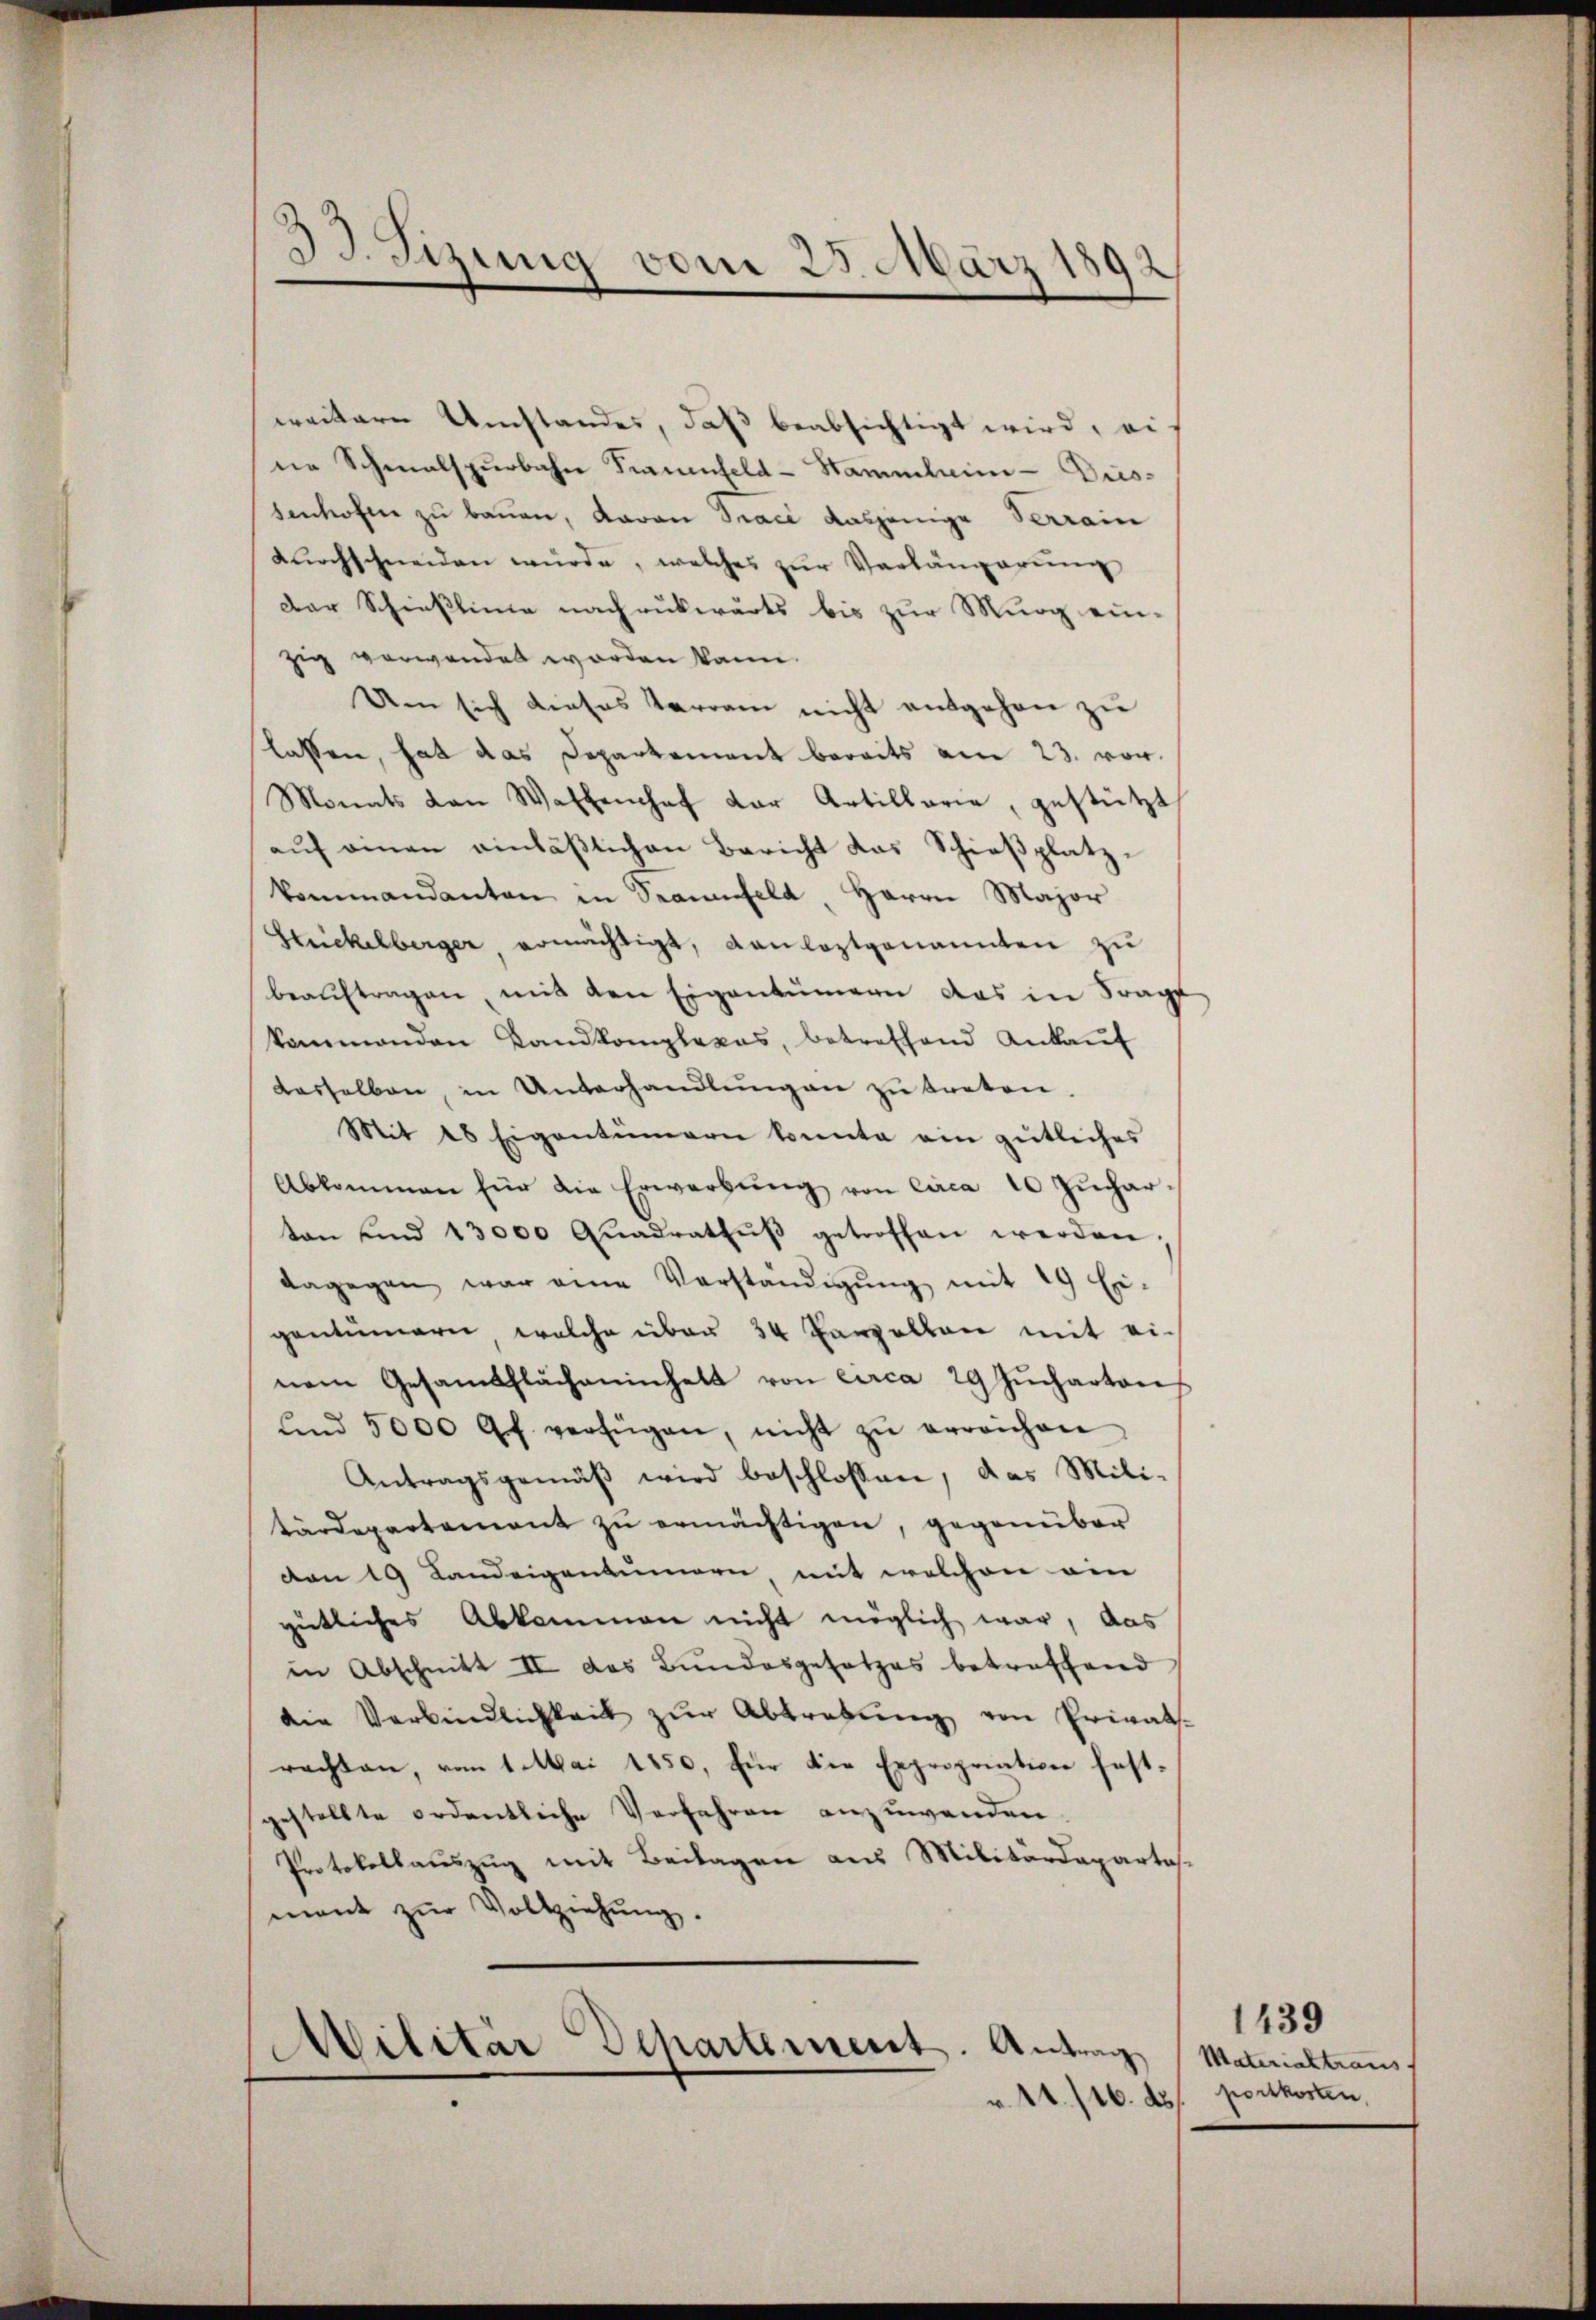
weitern Umstandes, daß beabsichtigt wird, ei
ne Schmalspurbahn Frauenfeld-Stammheim - Dies-
senhofen zu bauen, davon Trace dasjenige Verrain
dŭrchschneiden würde, welches zŭr Verlängerung
Der Schieslinie nachrückwärts bis zur Murg ein-
zig verwendet worden kann.
Um sich dieses Tarram nicht entgehen zu
lassen, hat das Departement bereits am 23. von
Monats von Waffenhof der Artillarie, gestützt
aŭf einen einläßlichen Bericht das Schieβplatzkommandanten in Seeufeld, Herrn Major
Strickelberger ermächtigt, Kanloztgenannten zu
beaŭftragen, mit den Eigentümern das in Frag
kammenden Landkomplexes, betreffend Ankaŭf
dasselben, in Unterhandlŭngen zŭ treten.
Mit 18 Eigentümern konnte ein gütliches
Abkommen für die Erwerbŭng von circa 10 Zŭchar-
ton und 13000 Quadrathŭβ getroffen werden.
dagegen war eine Verständigŭng mit 29 Ei-
gentümern welche über 34 Parzelten mit ei-
nem Gesamtflächeninhalt von circa 29 Jucharten
ŭnd 5000 Gf. verfügen, nicht zŭ erreichen
Antragsgemäβ wird beschlossen, das Mili-
tärdepartement zŭ ermächtigen, gegenüber
den 19 Landeigentümern mit welchen ein
gütliches Abkommen nicht möglich war, das
in Abschnitt II das Bundesgesetzes betreffend,
die Verbindlichkeit zŭr Abtretung von Privats-
rachten, vom 1. Mai 1850, für die Expropriation fest-
gestellte ordentliche Verfahren anzuwenden.
Protokollauszug mit Beilagen aus Militärdepartas
mant zŭr Vollziehŭng

33. Sizung vom 25. März 186
e

Militär Departement. Antrag
r. 11. 116. d.

1439
Materialtraus.
u portkosten.